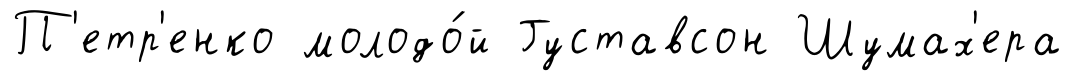
П'етр'енко молодо́й Густавсон Шумах'ера